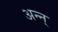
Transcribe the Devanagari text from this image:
अन्न्